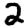
Digit: 2